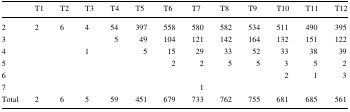
<table><thead><tr><td></td><td><b>T1</b></td><td><b>T2</b></td><td><b>T3</b></td><td><b>T4</b></td><td><b>T5</b></td><td><b>T6</b></td><td><b>T7</b></td><td><b>T8</b></td><td><b>T9</b></td><td><b>T10</b></td><td><b>T11</b></td><td><b>T12</b></td></tr></thead><tbody><tr><td>2</td><td>2</td><td>6</td><td>4</td><td>54</td><td>397</td><td>558</td><td>580</td><td>582</td><td>534</td><td>511</td><td>490</td><td>395</td></tr><tr><td>3</td><td></td><td></td><td></td><td>5</td><td>49</td><td>104</td><td>121</td><td>142</td><td>164</td><td>132</td><td>151</td><td>122</td></tr><tr><td>4</td><td></td><td></td><td>1</td><td></td><td>5</td><td>15</td><td>29</td><td>33</td><td>52</td><td>33</td><td>38</td><td>39</td></tr><tr><td>5</td><td></td><td></td><td></td><td></td><td></td><td>2</td><td>2</td><td>5</td><td>5</td><td>3</td><td>5</td><td>2</td></tr><tr><td>6</td><td></td><td></td><td></td><td></td><td></td><td></td><td></td><td></td><td></td><td>2</td><td>1</td><td>3</td></tr><tr><td>7</td><td></td><td></td><td></td><td></td><td></td><td></td><td>1</td><td></td><td></td><td></td><td></td><td></td></tr><tr><td>Total</td><td>2</td><td>6</td><td>5</td><td>59</td><td>451</td><td>679</td><td>733</td><td>762</td><td>755</td><td>681</td><td>685</td><td>561</td></tr></tbody></table>